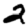
Digit: 2